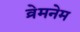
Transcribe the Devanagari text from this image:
व्रेमनेम